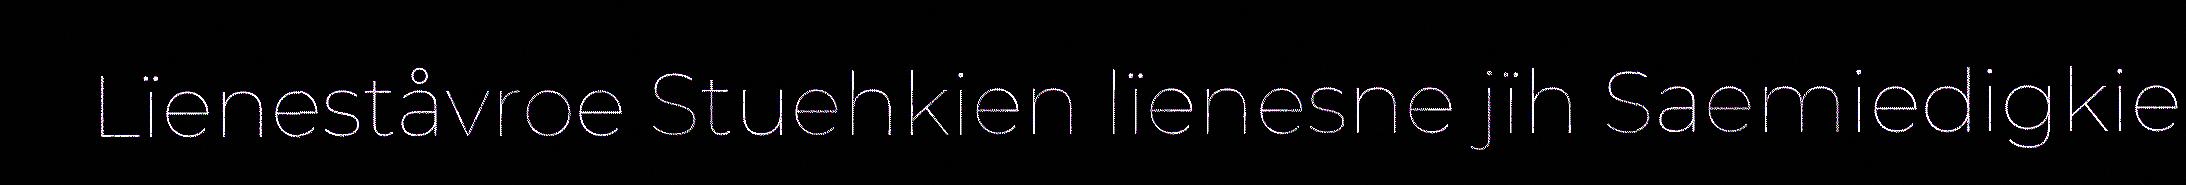
Lïeneståvroe Stuehkien lïenesne jïh Saemiedigkie